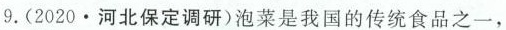
9.(2020·河北保定调研)泡菜是我国的传统食品之一，